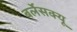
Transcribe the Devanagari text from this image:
बर्लेसक्यू